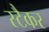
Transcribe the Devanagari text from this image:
स्टैकर